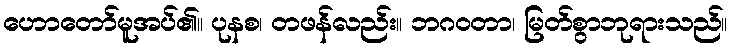
ဟောတော်မူအပ်၏။ ပုနစ၊ တဖန်လည်း။ ဘဂဝတာ၊ မြတ်စွာဘုရားသည်။